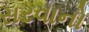
સરવાનો